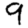
Digit: 9